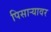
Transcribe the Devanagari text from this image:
पिसाऱ्यावर